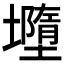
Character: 𭐄